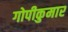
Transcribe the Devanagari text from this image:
गोपीकुमार